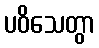
ပဝိသေတွာ